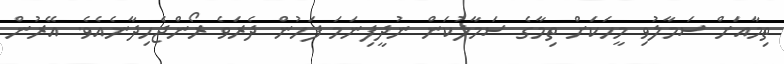
ތިމާއަށް ސަމާލުވި މީހަކަށް ތިމާގެ ސަމާލުކަން ނުދީފިނަމަ ފަހުން ދެރަވެ ރޯންޖެހިދާނެއެވެ. އޭރުން